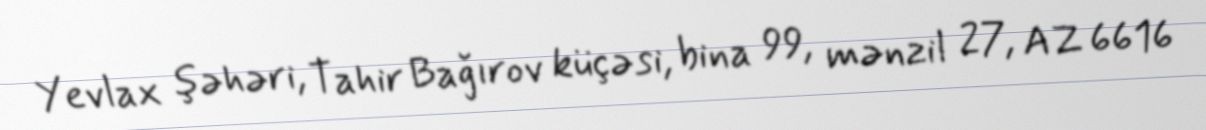
Yevlax şəhəri, Tahir Bağırov küçəsi, bina 99, mənzil 27, AZ 6616